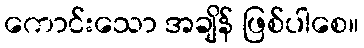
ကောင်းသော အချိန် ဖြစ်ပါစေ။